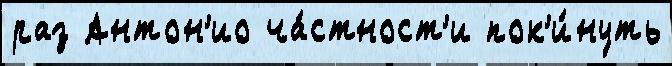
раз Антон'ио ча́стност'и пок'и́нуть